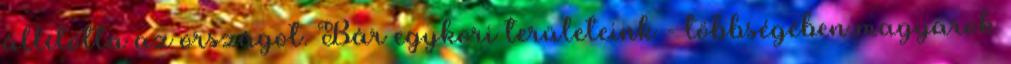
állította az országot. Bár egykori területeink - többségében magyarok